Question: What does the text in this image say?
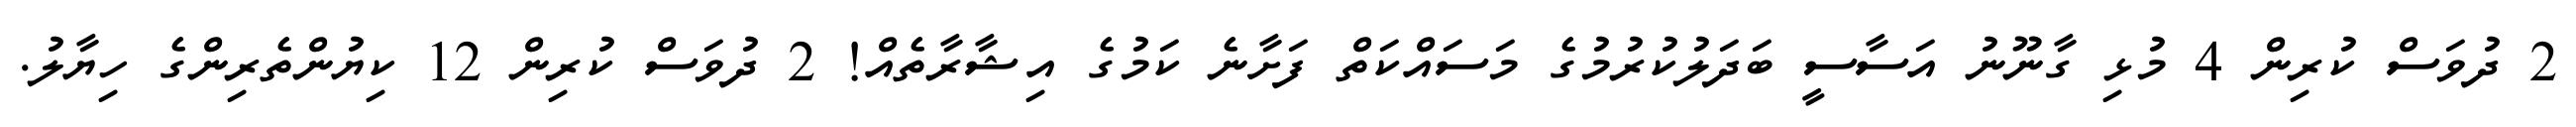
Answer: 2 ދުވަސް ކުރިން 4 މުޅި ގާނޫނު އަސާސީ ބަދަލުކުރުމުގެ މަސައްކަތް ފަށާނެ ކަމުގެ އިޝާރާތެއް! 2 ދުވަސް ކުރިން 12 ކިޔުންތެރިންގެ ހިޔާލު.